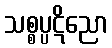
သစ္စပ္ပဋိညော